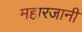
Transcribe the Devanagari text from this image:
महारजानी